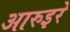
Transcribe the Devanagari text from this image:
आरुइरे